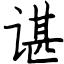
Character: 谌